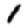
Digit: 1